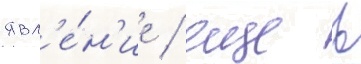
явл'е́н'ие / еще в